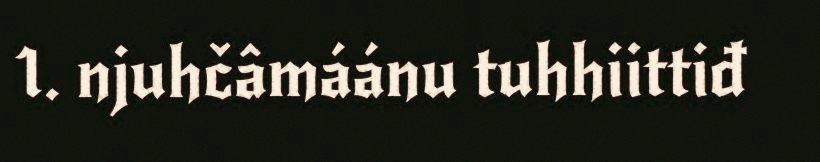
1. njuhčâmáánu tuhhiittiđ